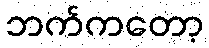
ဘက်ကတော့